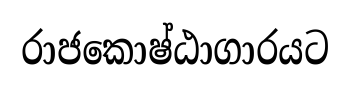
රාජකොෂ්ඨාගාරයට